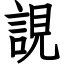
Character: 誢